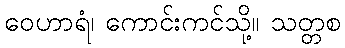
ဝေဟာရံ၊ ကောင်းကင်သို့။ သတ္တစ